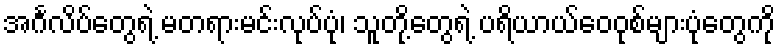
အင်္ဂလိပ်တွေရဲ့ မတရားမင်းလုပ်ပုံ၊ သူတို့တွေရဲ့ ပရိယာယ်ဝေဝုစ်များပုံတွေကို